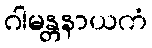
ဂါမန္တနာယကံ